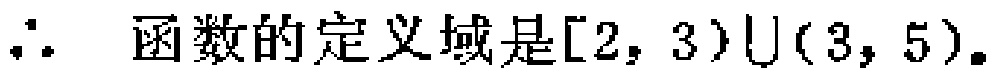
\(\therefore\) 函数的定义域是\([2, 3)\cup(3, 5)\)。